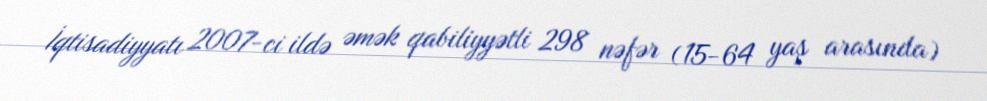
İqtisadiyyatı 2007-ci ildə əmək qabiliyyətli 298 nəfər (15-64 yaş arasında)